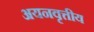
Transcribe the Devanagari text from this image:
अयनवृत्तीय